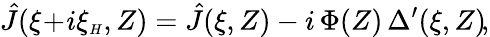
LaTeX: \hat{J}\! \left(\xi\! +\! i\xi_{{\scriptscriptstyle H}},Z\right)=\hat{J}(\xi,Z)-i\, \Phi(Z)\, \Delta^{\prime}\! \left(\xi,Z\right)\! ,